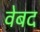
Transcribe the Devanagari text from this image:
वेबद